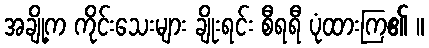
အချို့က ကိုင်းသေးများ ချိုးရင်း စီရရီ ပုံထားကြ၏ ။